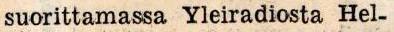
suorittamassa Yleiradiosta Hel-